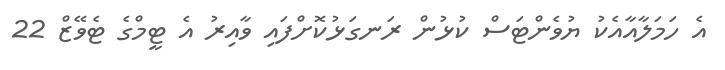
އެ ހަމަލާއާއެކު ޔުވެންޓަސް ކުޅުން ރަނގަޅުކޮށްފައި ވާއިރު އެ ޓީމްގެ ޓެވޭޒް 22